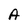
Character: A